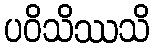
ပဝိသိဿသိ